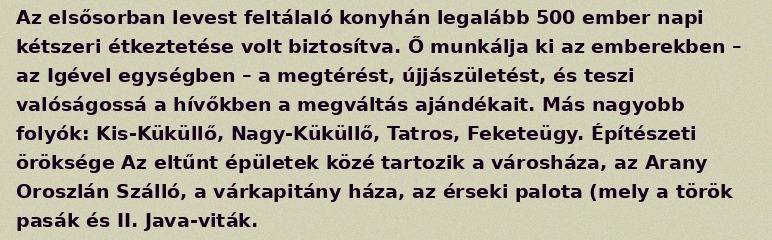
Az elsősorban levest feltálaló konyhán legalább 500 ember napi kétszeri étkeztetése volt biztosítva. Ő munkálja ki az emberekben – az Igével egységben – a megtérést, újjászületést, és teszi valóságossá a hívőkben a megváltás ajándékait. Más nagyobb folyók: Kis-Küküllő, Nagy-Küküllő, Tatros, Feketeügy. Építészeti öröksége Az eltűnt épületek közé tartozik a városháza, az Arany Oroszlán Szálló, a várkapitány háza, az érseki palota (mely a török pasák és II. Java-viták.